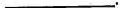
___.